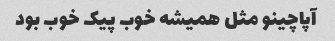
آپاچینو مثل همیشه خوب پیک خوب بود